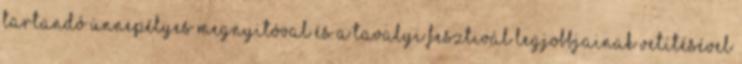
tartandó ünnepélyes megnyitóval és a tavalyi fesztivál legjobbjainak vetítésével